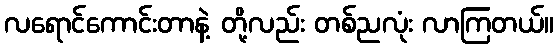
လရောင်ကောင်းတာနဲ့ တို့လည်း တစ်ညလုံး လာကြတယ်။